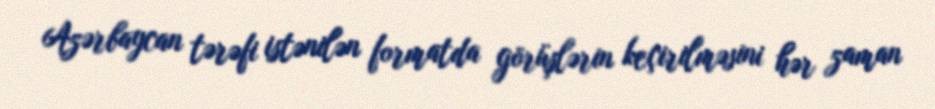
Azərbaycan tərəfi istənilən formatda görüşlərin keçirilməsini hər zaman